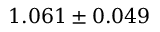
1 . 0 6 1 \pm 0 . 0 4 9